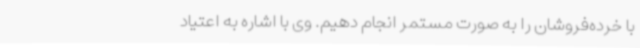
با خرده‌فروشان را به صورت مستمر انجام دهیم. وی با اشاره به اعتیاد